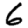
Digit: 6